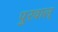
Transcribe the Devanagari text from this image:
पुरवाल्